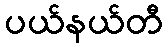
ပယ်နယ်တီ